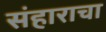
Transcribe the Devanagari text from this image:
संहाराचा